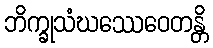
ဘိက္ခုသံဃဿေဝေတန္တိ